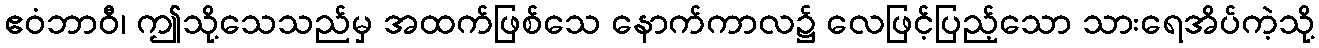
ဧဝံဘာဝီ၊ ဤသို့သေသည်မှ အထက်ဖြစ်သေ နောက်ကာလ၌ လေဖြင့်ပြည့်သော သားရေအိပ်ကဲ့သို့